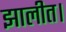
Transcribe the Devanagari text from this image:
झालीत।